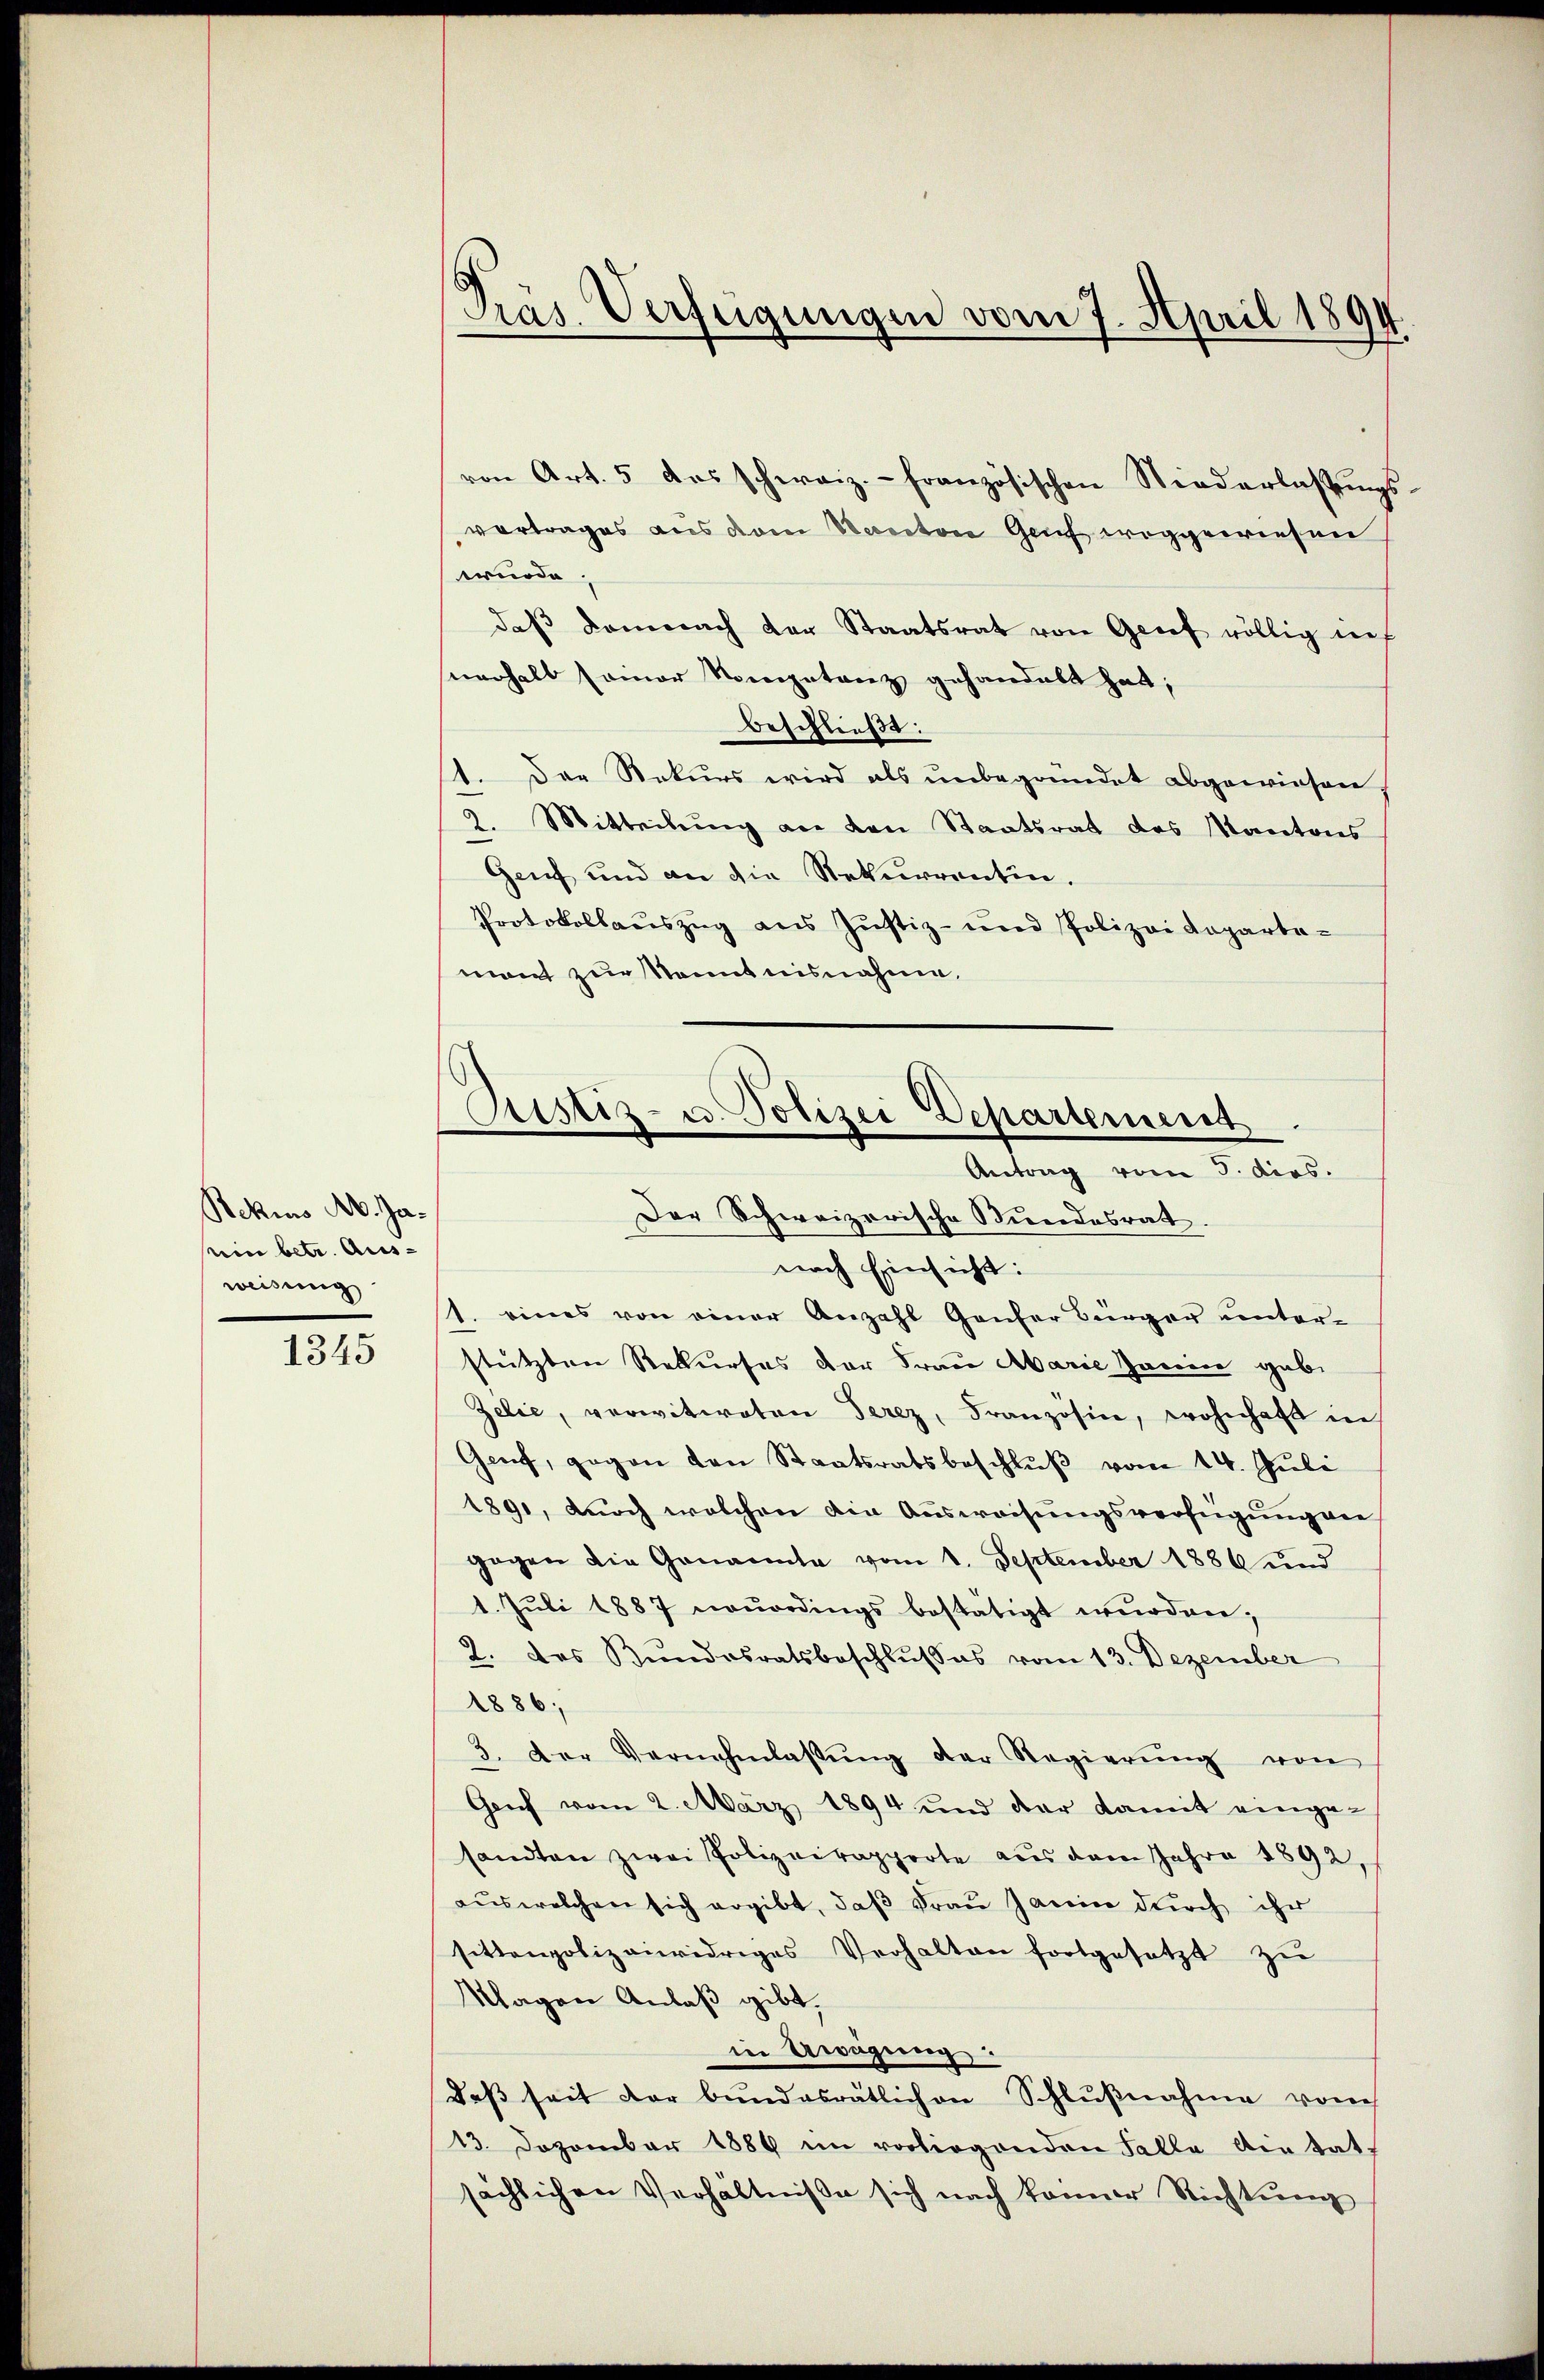
Rekins Ab. Jaein betr. Aus-
weisung

1345

Pras Verfügungen vom 7. April 1894.

von Art. 5 das schweiz.- französischen Niederlassŭngs-
vortrages aus dem Kanton Genf weggewiesen
würde.
daβ demnach der Staatsrat von Grief völlig nief
nerhalb seiner Vorgetanz gehandelt hat;
beschließt:
1. Der Rekurs wird als unbegründet abgewiesen,
2. Mitteilung an den Staatsrat des Kantons
Genf und an die Rekurrentin.
Protokollauszug aus Justiz- und Polizei Kopartemont zur Kenntnisnahme.

Ristiz- u. Polizei Departement
Antrag vom 5. dios.
Der Schweizerische Stundesrat.

nach Einsicht:
1. eines von einer Anzahl Ganter Bürger unterstützten Rekurses der Frau Marie Harin gabe
Zelić, verwitweten Terez, Französin, wohnhaft in
Genf, gegen den Staatsratsbeschluß vom 14. Juli
1891, durch welchen die Ausweisungsverfügung ver
gegen die Genannte vom 1. September 1886 und
1. Jŭli 1887 neŭerdings bestätigt wurden;
2. das Bŭndesratsbeschlŭsses vom 13. Dezember
1886;
3. Der Vernehmlassŭng der Regierŭng von
Genf vom 2. März 1894 und der damit einge-
sandten zwei Polizeirapporte aus dem Jahre 1892,
aus welchen sich ergibt, daß Frau Janin durch ihr
sittenpolizeiwidriges Verhalten fortgesetzt zŭ
Klagen Anlaß gibt.
in Urugung
daβ seit der bundesrätlichen Schlŭβnahme vom
13. Dezember 1889 im vorliegenden Falle Actat,
sächlichen Verhältnisse sich nach keiner Richtŭng